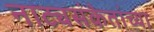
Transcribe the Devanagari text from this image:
नाट्यसंकेतांच्या